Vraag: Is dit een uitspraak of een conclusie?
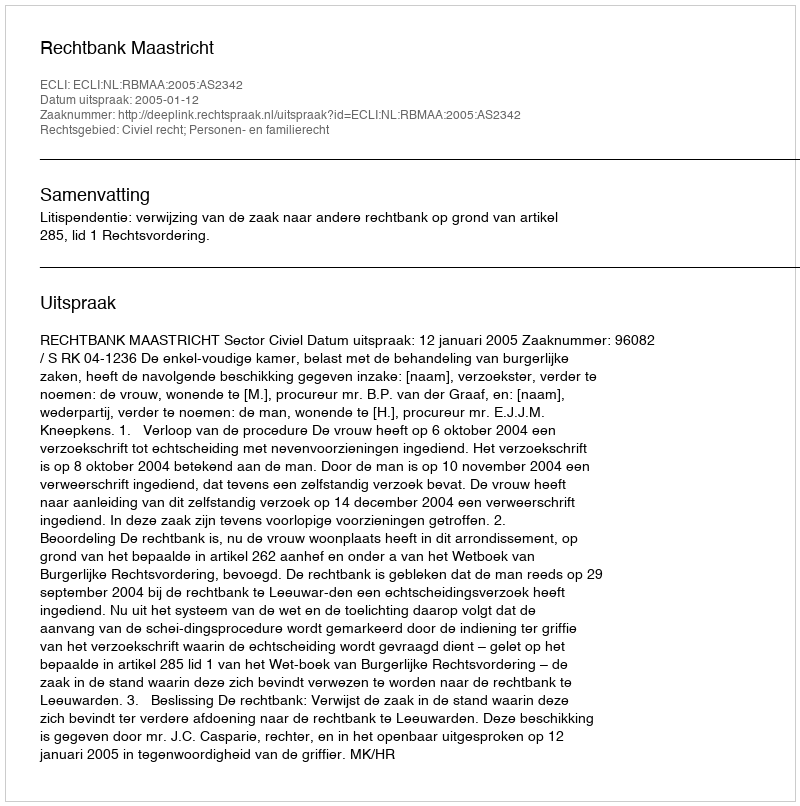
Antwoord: Uitspraak